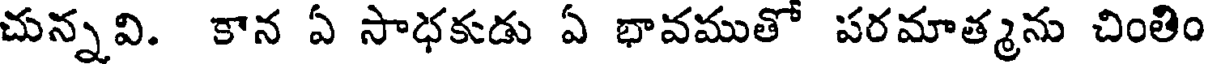
చున్నవి. కాన ఏ సాధకుడు ఏ భావముతో పరమాత్మను చింతిం